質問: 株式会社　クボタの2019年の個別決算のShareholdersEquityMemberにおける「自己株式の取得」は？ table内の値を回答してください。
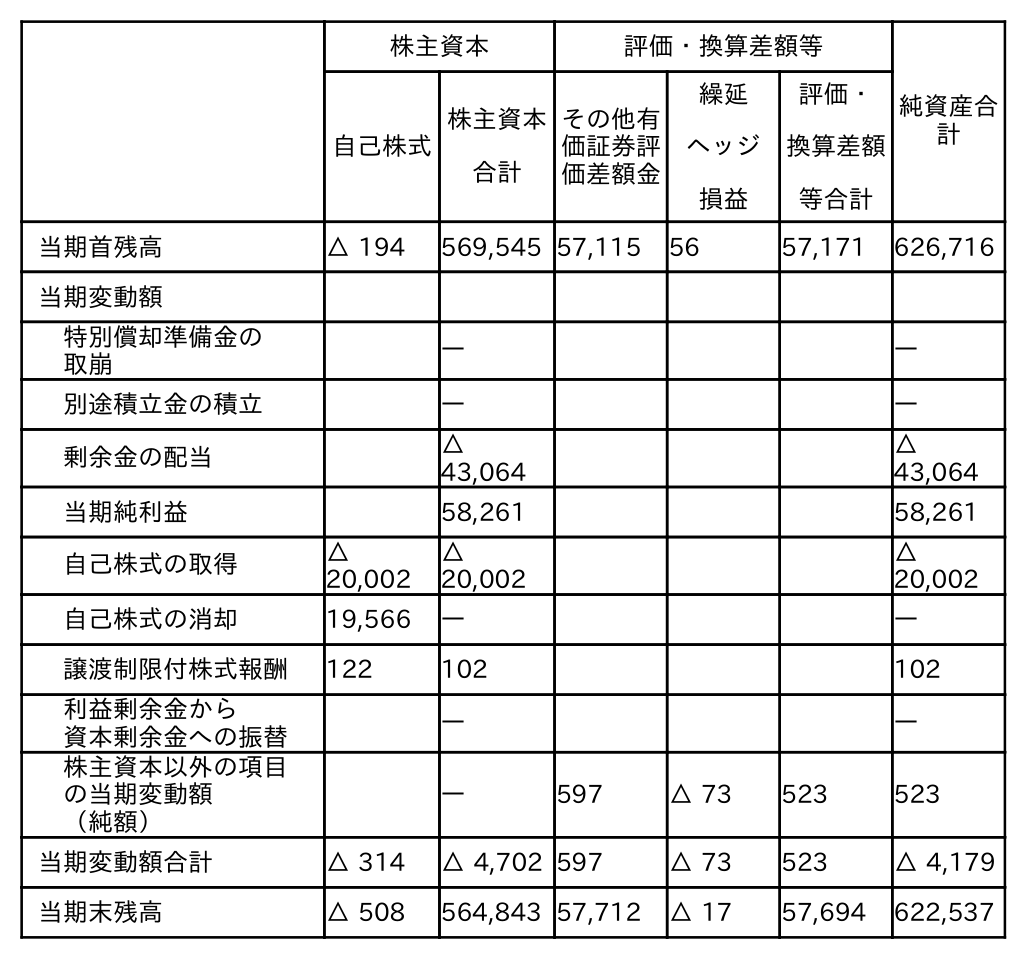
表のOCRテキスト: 株主資本 評価・換算差額等 純資産合 計 自己株式 株主資本 合計 その他有 価証券評 価差額金 繰延 ヘッジ 損益 評価・ 換算差額 等合計 当期首残高 △ 194 569,545 57,115 56 57,171 626,716 当期変動額 特別償却準備金の 取崩 ― ― 別途積立金の積立 ― ― 剰余金の配当 △ 43,064 △ 43,064 当期純利益 58,261 58,261 自己株式の取得 △ 20,002 △ 20,002 △ 20,002 自己株式の消却 19,566 ― ― 譲渡制限付株式報酬 122 102 102 利益剰余金から 資本剰余金への振替 ― ― 株主資本以外の項目 の当期変動額 （純額） ― 597 △ 73 523 523 当期変動額合計 △ 314 △ 4,702 597 △ 73 523 △ 4,179 当期末残高 △ 508 564,843 57,712 △ 17 57,694 622,537
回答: △20,002